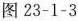
图23-1-3